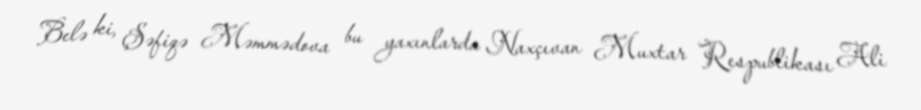
Belə ki, Şəfiqə Məmmədova bu yaxınlarda Naxçıvan Muxtar Respublikası Ali